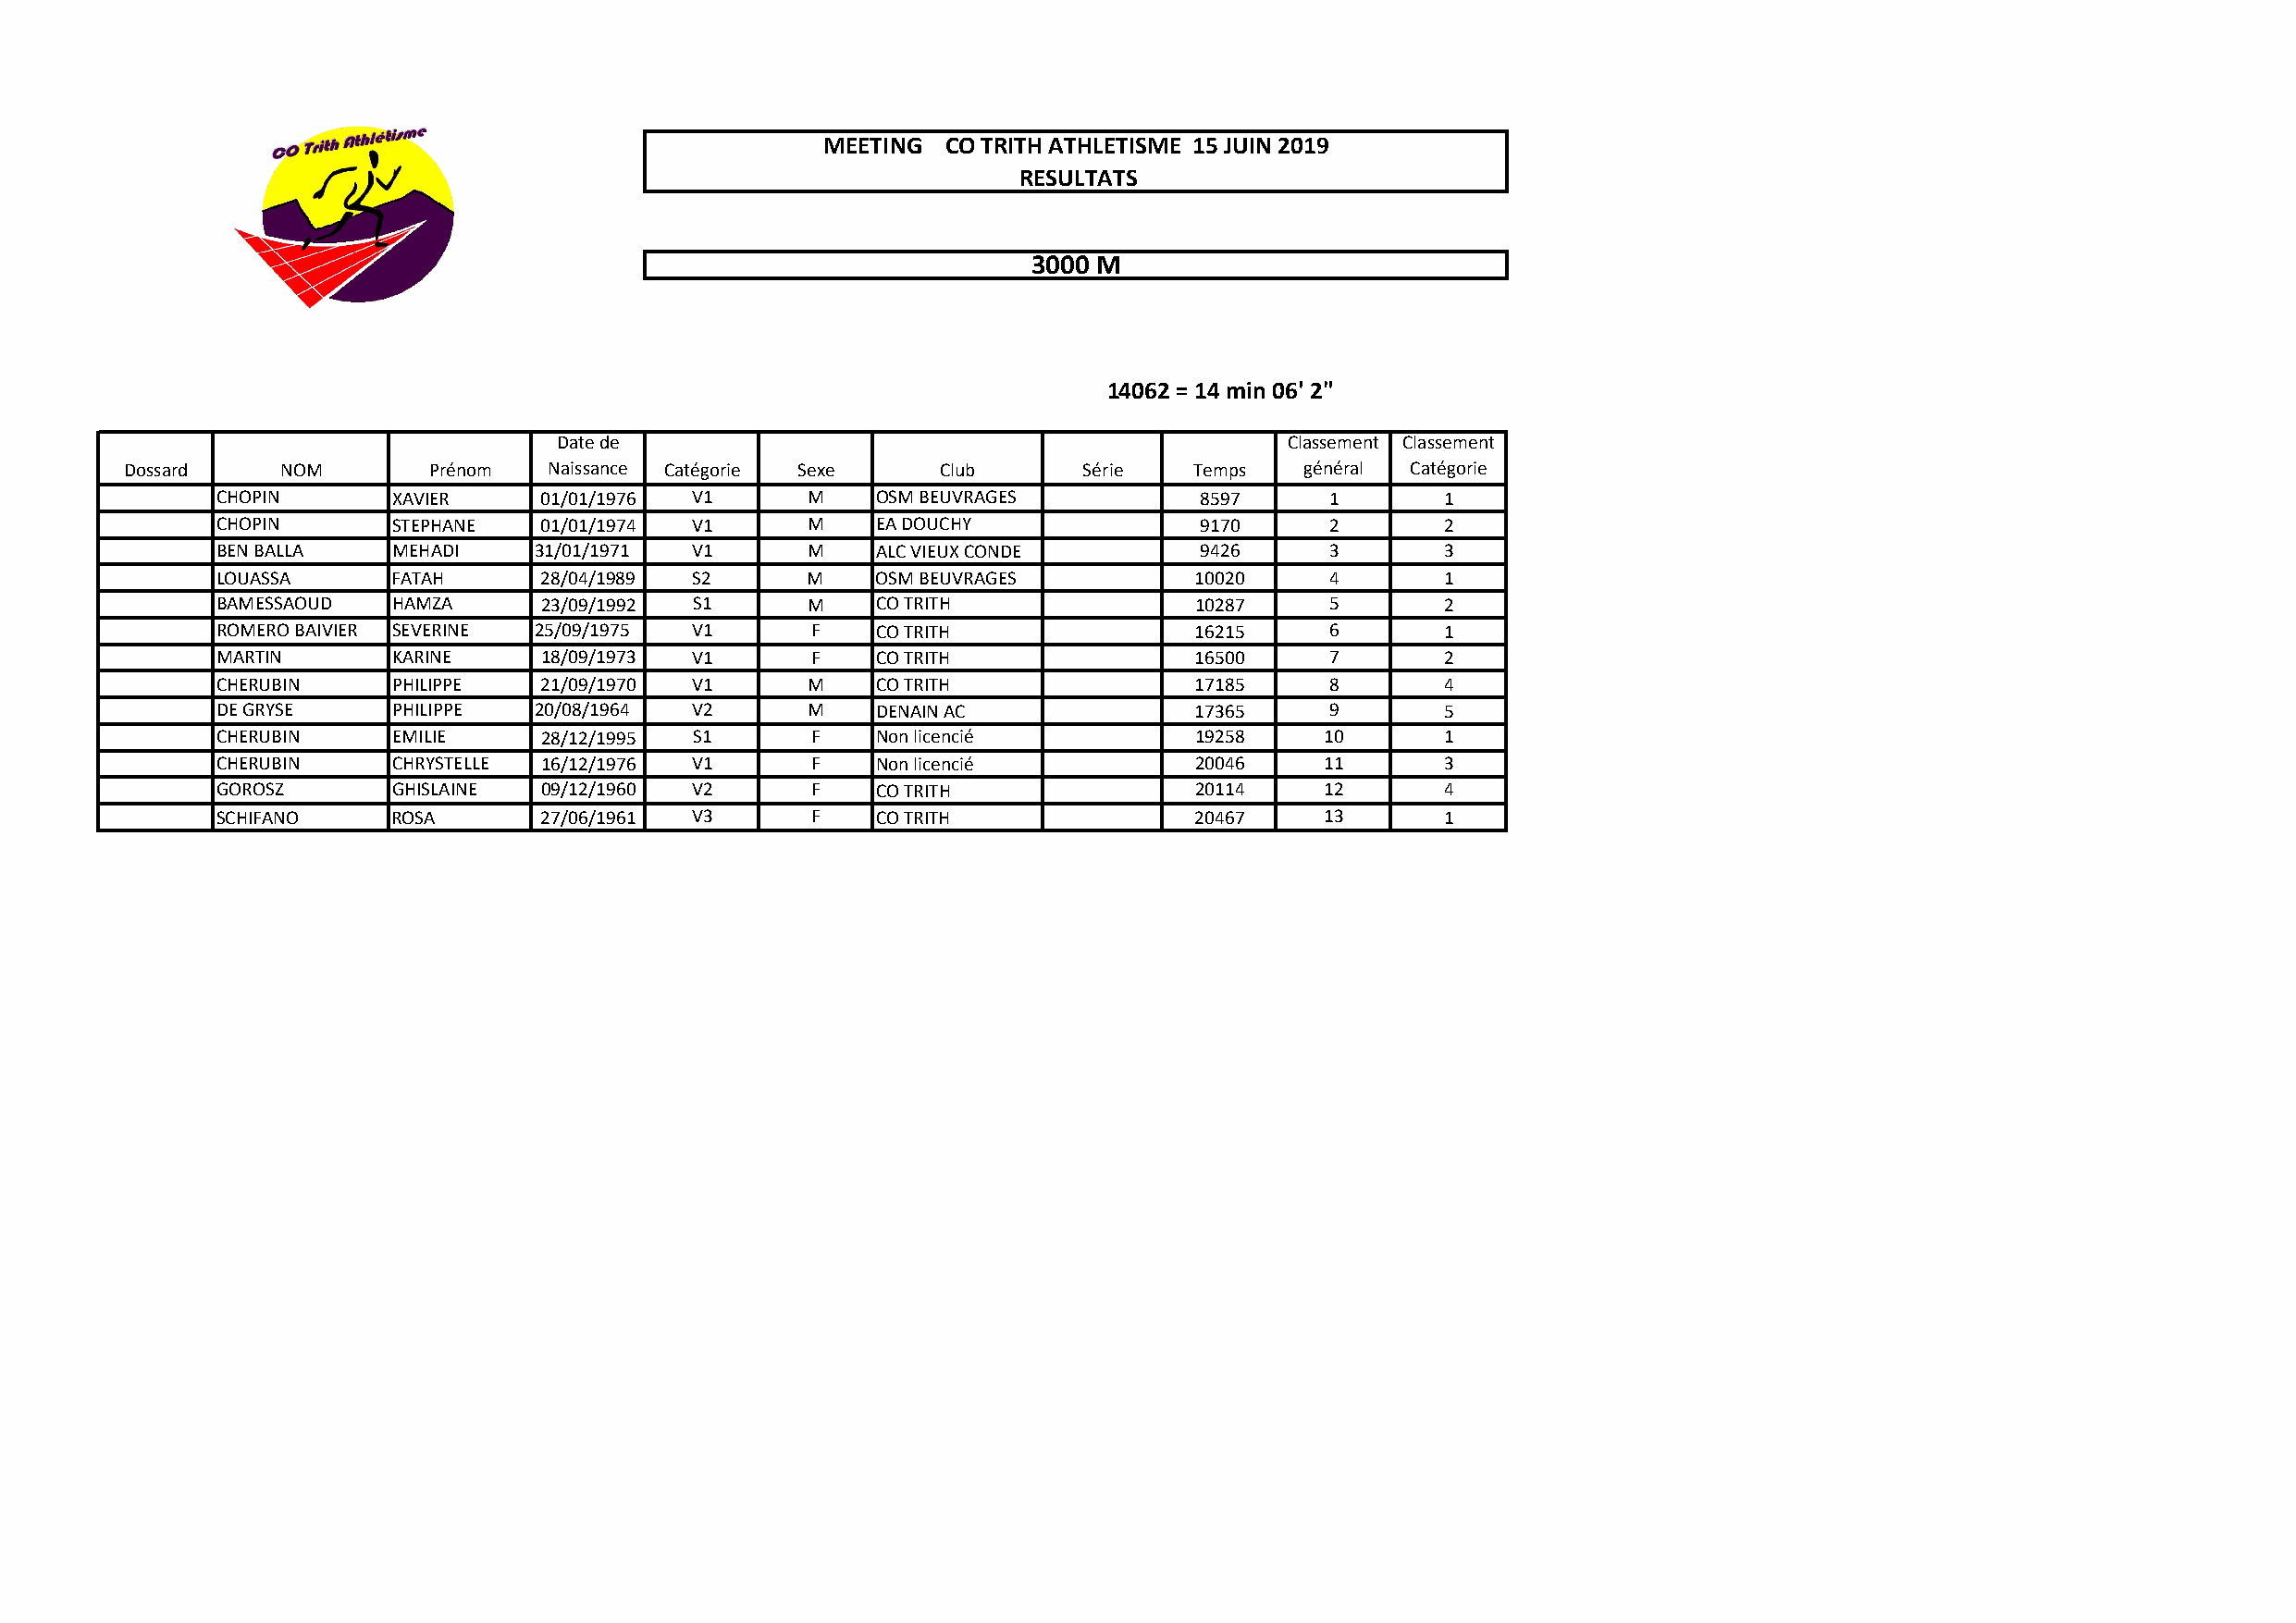
MEETING  CO TRITH ATHLETISME 15 JUIN 2019
 RESULTATS
 3000 M
 14062 = 14 min 06' 2"
 Date de                                             Classement Classement
 Dossard    NOM        Prénom  Naissance Catégorie Sexe    Club      Série   Temps   général Catégorie
 CHOPIN       XAVIER     01/01/1976 V1      M    OSM BEUVRAGES          8597     1       1
 CHOPIN       STEPHANE   01/01/1974 V1      M    EA DOUCHY              9170     2       2
 BEN BALLA    MEHADI    31/01/1971  V1      M    ALC VIEUX CONDE        9426     3       3
 LOUASSA      FATAH      28/04/1989 S2      M    OSM BEUVRAGES         10020     4       1
 BAMESSAOUD   HAMZA      23/09/1992 S1      M    CO TRITH              10287     5       2
 ROMERO BAIVIER SEVERINE 25/09/1975 V1      F    CO TRITH              16215     6       1
 MARTIN       KARINE     18/09/1973 V1      F    CO TRITH              16500     7       2
 CHERUBIN     PHILIPPE   21/09/1970 V1      M    CO TRITH              17185     8       4
 DE GRYSE     PHILIPPE  20/08/1964  V2      M    DENAIN AC             17365     9       5
 CHERUBIN     EMILIE     28/12/1995 S1      F    Non licencié          19258     10      1
 CHERUBIN     CHRYSTELLE 16/12/1976 V1      F    Non licencié          20046     11      3
 GOROSZ       GHISLAINE  09/12/1960 V2      F    CO TRITH              20114     12      4
 SCHIFANO     ROSA       27/06/1961 V3      F    CO TRITH              20467     13      1